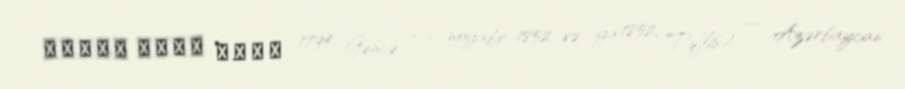
میرزا شفیع واضح; 1794, Gəncə – 16 noyabr 1852 və ya 1852, Tiflis) — Azərbaycan